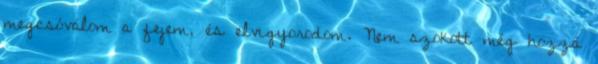
megcsóválom a fejem, és elvigyorodom. Nem szokott még hozzá